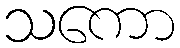
သကော